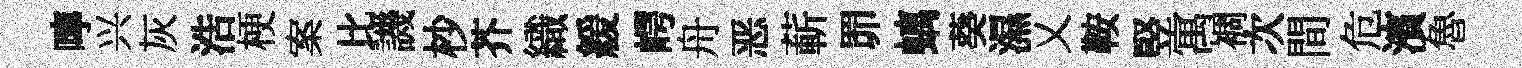
嚀兴灰浩梗案比譏杪芥織緩崿舟恶蔪𦊑螭葵濕乂鞍竪寓裯次間危濱魯